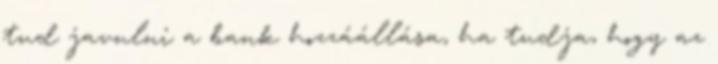
tud javulni a bank hozzáállása, ha tudja, hogy az